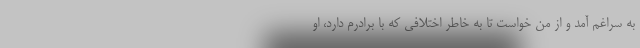
به سراغم آمد و از من خواست تا به خاطر اختلافی که با برادرم دارد، او